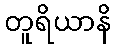
တူရိယာနိ